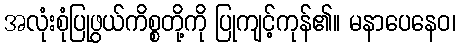
အလုံးစုံပြုဖွယ်ကိစ္စတို့ကို ပြုကျင့်ကုန်၏။ မနာပေနေဝ၊